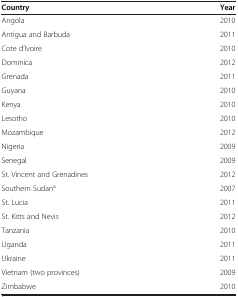
<table><thead><tr><td><b>Country</b></td><td><b>Year</b></td></tr></thead><tbody><tr><td>Angola</td><td>2010</td></tr><tr><td>Antigua and Barbuda</td><td>2011</td></tr><tr><td>Cote d’Ivoire</td><td>2010</td></tr><tr><td>Dominica</td><td>2012</td></tr><tr><td>Grenada</td><td>2011</td></tr><tr><td>Guyana</td><td>2010</td></tr><tr><td>Kenya</td><td>2010</td></tr><tr><td>Lesotho</td><td>2010</td></tr><tr><td>Mozambique</td><td>2012</td></tr><tr><td>Nigeria</td><td>2009</td></tr><tr><td>Senegal</td><td>2009</td></tr><tr><td>St. Vincent and Grenadines</td><td>2012</td></tr><tr><td>Southern Sudan<sup>a</sup></td><td>2007</td></tr><tr><td>St. Lucia</td><td>2011</td></tr><tr><td>St. Kitts and Nevis</td><td>2012</td></tr><tr><td>Tanzania</td><td>2010</td></tr><tr><td>Uganda</td><td>2011</td></tr><tr><td>Ukraine</td><td>2011</td></tr><tr><td>Vietnam (two provinces)</td><td>2009</td></tr><tr><td>Zimbabwe</td><td>2010</td></tr></tbody></table>